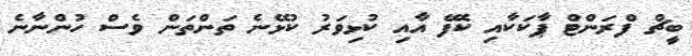
ބީޗް ފްރަންޓް ޕާކަކާއި ކެފޭ އާއި ކުޅިވަރު ކުޅޭނެ ތަންތަން ވެސް ހުންނާނެ